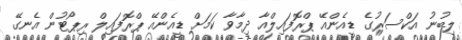
ލިބުނު އަކްސަރުގެ ޑީއެންއޭ ޕްރޮފައިލްއާ ދިމާވާ ކަމަށް ޑީއެންއޭ ޕްރޮފައިލް ރިޕޯޓުން އެނގޭ